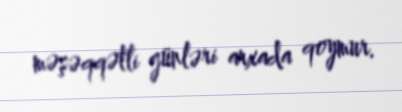
məşəqqətli günləri arxada qoymur.